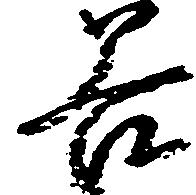
谷